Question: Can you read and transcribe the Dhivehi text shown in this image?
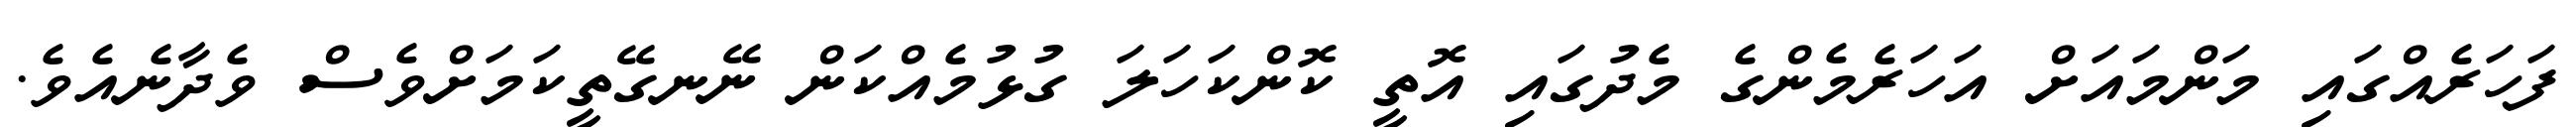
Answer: ފަހަރެއްގައި މަންމައަށް އަހަރެމެންގެ މެދުގައި އޮތީ ކޮންކަހަލަ ގުޅުމެއްކަން ނޭނގޭތީކަމަށްވެސް ވެދާނެއެވެ.